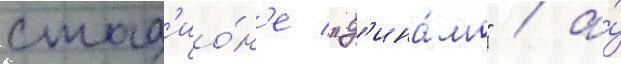
стад'ио́н'е "д'ина́мо" / а́